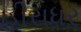
હીરાધર